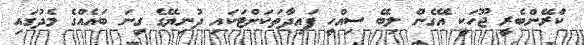
ކްރޭންބެރީ ޖޫހަކީ އޭގެން ލިބޭ ސިއްހީ ފައިދާތަކަށްޓަކައި ދުނިޔޭގެ ގިނަ ބައެއްގެ މެދުގައި